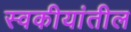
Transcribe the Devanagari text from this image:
स्वकीयांतील